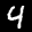
Label: 4